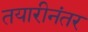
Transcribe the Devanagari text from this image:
तयारीनंतर